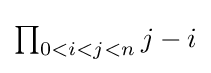
\textstyle \prod _{0<i<j<n}j-i